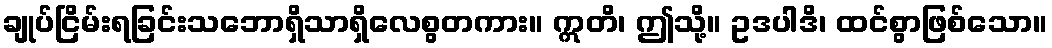
ချုပ်ငြိမ်းရခြင်းသဘောရှိသာရှိလေစွတကား။ ဣတိ၊ ဤသို့။ ဥဒပါဒိ၊ ထင်စွာဖြစ်သော။